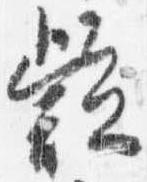
疑